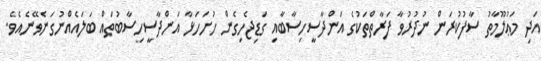
އަދި މަޢުލޫމާތު ސާފުކުރަން ނުދުރުވާ ފަރާތްތަކުގެ އަންދާސީހިސާބާއި ގަޑިޖެހިގެން ހުށަހަޅާ އަންދާސީހިސާބުތައް ބަލައެއްނުގަނެވޭނެއެވެ.